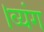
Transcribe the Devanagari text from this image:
।व्यंग